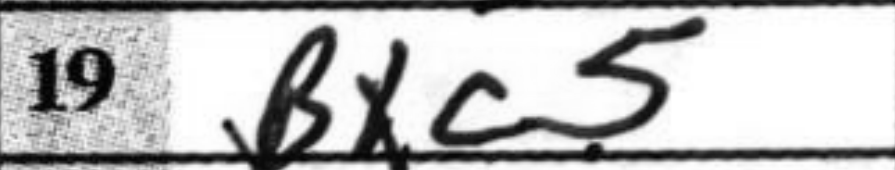
Transcription: Bxc5